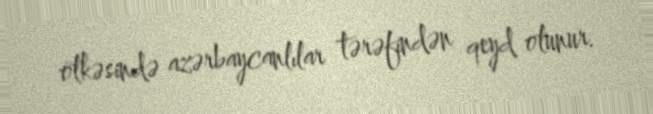
ölkəsində azərbaycanlılar tərəfindən qeyd olunur.